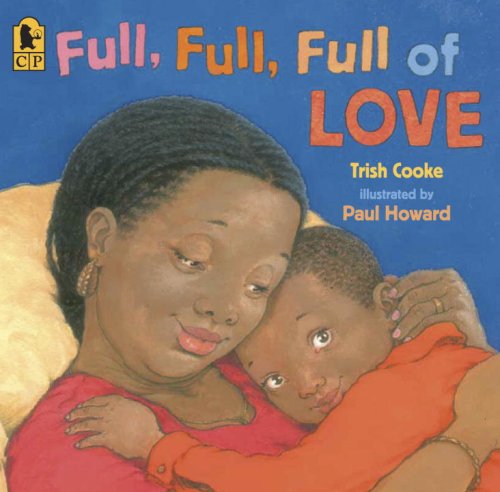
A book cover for Full, Full, Full of Love; Trish Cooke; Children's Books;